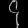
Digit: ၄